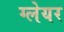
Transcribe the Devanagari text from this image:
ग्‍लेयर